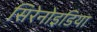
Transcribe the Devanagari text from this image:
सिरेनोइडिया